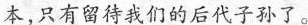
本，只有留待我们的后代子孙了。